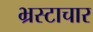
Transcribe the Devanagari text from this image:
भ्रस्टाचार